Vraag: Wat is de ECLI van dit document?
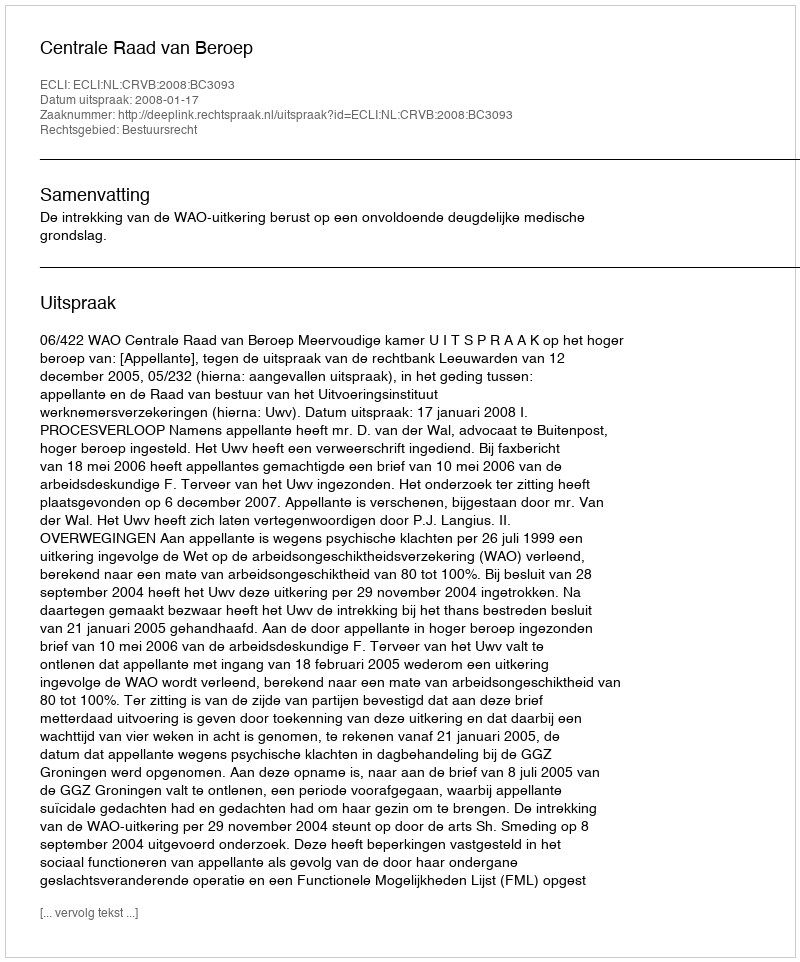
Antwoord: ECLI:NL:CRVB:2008:BC3093